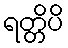
ရတ္တိပိ